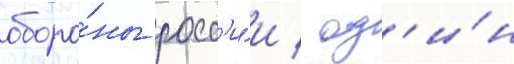
оборо́ны росс'и́и / од'и́н